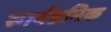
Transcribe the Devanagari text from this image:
सार्वडनिक